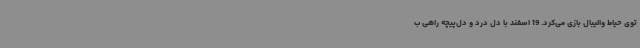
توی حیاط والیبال بازی می‌کرد. 19 اسفند با دل درد و دل‌پیچه راهی ب